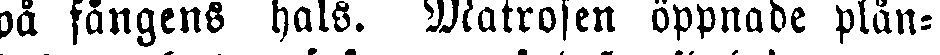
pä fångens hals. Matrosen öppnade plån-